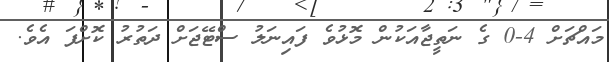
މައްޗަށް 4-0 ގެ ނަތީޖާއަކުން މޮޅުވެ ފައިނަލު ސްޓޭޖަށް ދަތުރު ކޮށްފަ އެވެ.